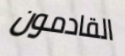
القادمون